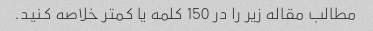
مطالب مقاله زیر را در 150 کلمه یا کمتر خلاصه کنید.